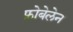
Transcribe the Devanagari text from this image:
फ्रोबेलेन